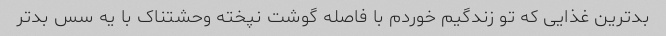
بدترین غذایی که تو زندگیم خوردم با فاصله گوشت نپخته وحشتناک با یه سس بد‌تر